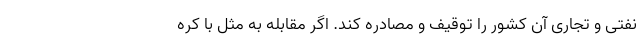
نفتی و تجاری آن کشور را توقیف و مصادره کند. اگر مقابله به مثل با کره